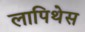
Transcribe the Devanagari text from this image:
लापिथेस